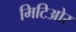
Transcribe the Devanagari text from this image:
मिटिओर